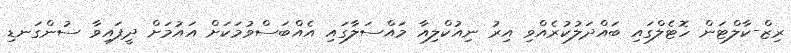
ރިޒް-ކާލްޓަން ހޮޓެލްގައި ބައްދަލުކުރެއްވި އިރު ނިއުކްލިއާ މައްސަލާގައި އެއްބަސްވުމަކަށް އައުމަށް ދީފައިވާ ސުންގަނޑި